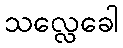
သလ္လေခေါ